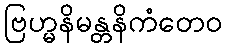
ဗြဟ္မနိမန္တနိကံတေဝ